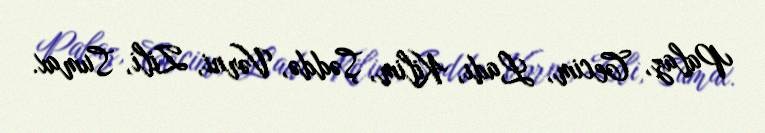
Palaz, Cecim, Ladı, Kilim, Şəddə, Vərni, Zili, Sumax.